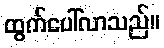
ထွက်ပေါ်လာသည်။